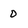
Character: 0